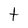
Character: t